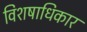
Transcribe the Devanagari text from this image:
विशषाधिकार